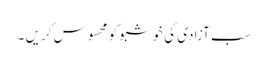
سب آزادی کی خوشبو کو محسوس کریں ۔